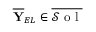
\overline { { \mathbf { Y } } } _ { E L } \in \overline { { \mathcal { S } \mathrm { ~ o ~ l ~ } } }